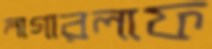
লাগারলাফ